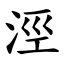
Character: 涇